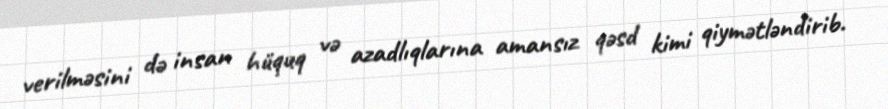
verilməsini də insan hüquq və azadlıqlarına amansız qəsd kimi qiymətləndirib.